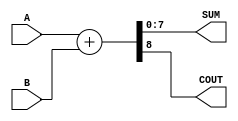
module ParameterizedAdder #(
    parameter WIDTH = 8  // Default width is set to 8 bits
)(
    input  [WIDTH-1:0] A,  // First operand
    input  [WIDTH-1:0] B,  // Second operand
    output [WIDTH-1:0] SUM, // Sum output
    output COUT            // Carry-out output
);

    // Internal signal for the sum
    wire [WIDTH:0] full_sum; // Extra bit for carry-out

    // Behavioral description of the addition
    assign full_sum = A + B;  // Perform addition
    assign SUM = full_sum[WIDTH-1:0]; // Assign lower WIDTH bits to SUM
    assign COUT = full_sum[WIDTH]; // Assign carry-out

endmodule